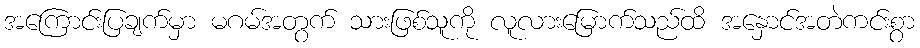
အကြောင်းပြချက်မှာ မဂမ်အတွက် သားဖြစ်သူကို လူလားမြောက်သည်ထိ အနှောင်အတဲကင်းစွာ